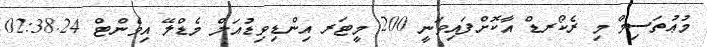
މުޢުތަސިމް މި ރެކޯރޑް އާކޮށްފައިވަނީ 200 މީޓަރ އިންޑިވިޑުއަލް މެޑްލޭ އިވެންޓް 02:38.24